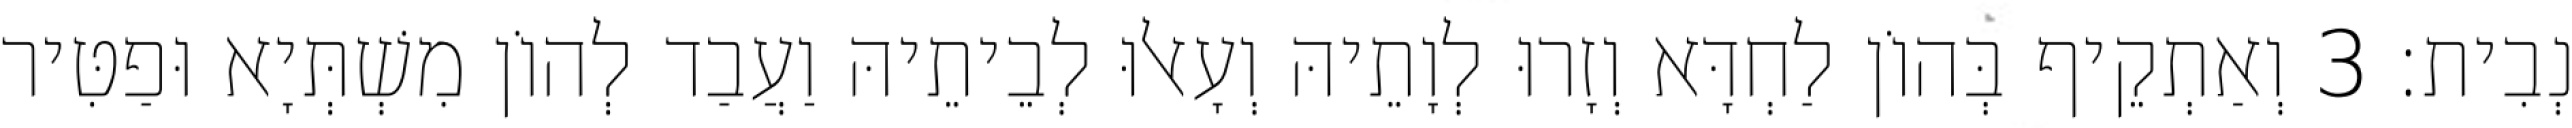
נְבִית׃ 3 וְאַתְקֵיף בְּהוֹן לַחְדָּא וְזָרוּ לְוָתֵיהּ וְעָאלוּ לְבֵיתֵיהּ וַעֲבַד לְהוֹן מִשְׁתְּיָא וּפַטִּיר